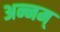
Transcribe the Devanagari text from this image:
अन्नम्